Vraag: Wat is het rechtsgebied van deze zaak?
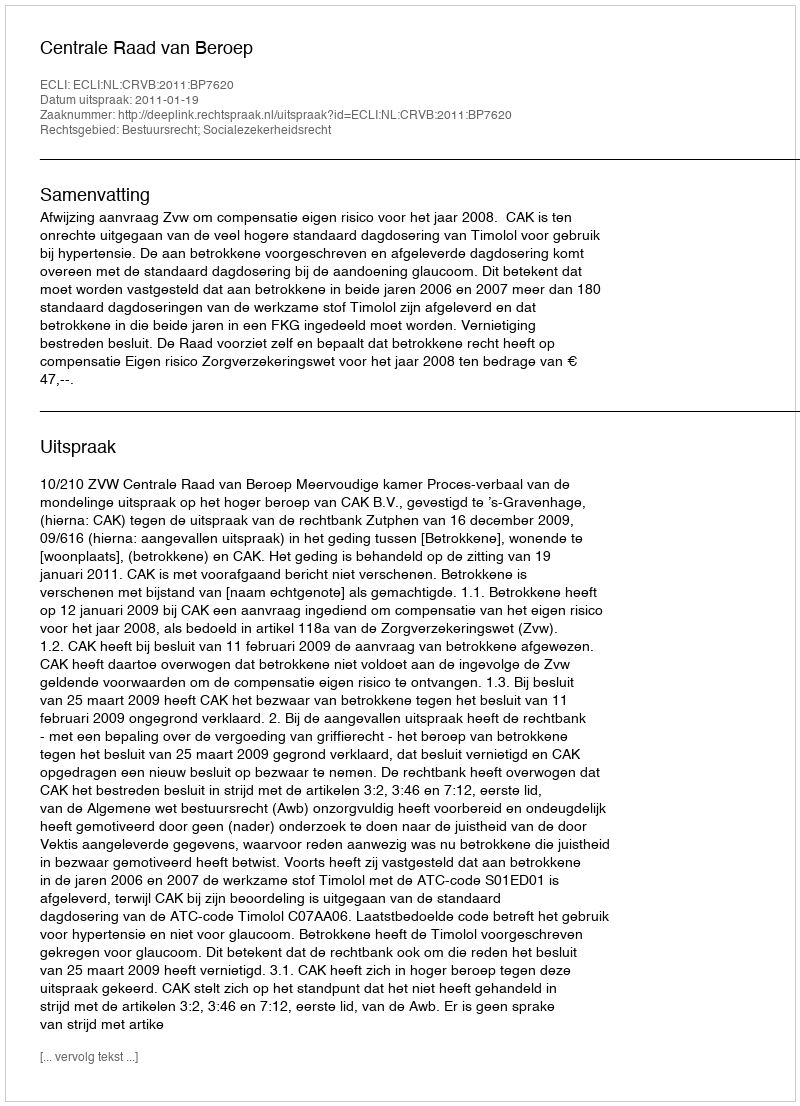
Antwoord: Bestuursrecht; Socialezekerheidsrecht